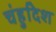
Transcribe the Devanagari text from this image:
चंहुदिश